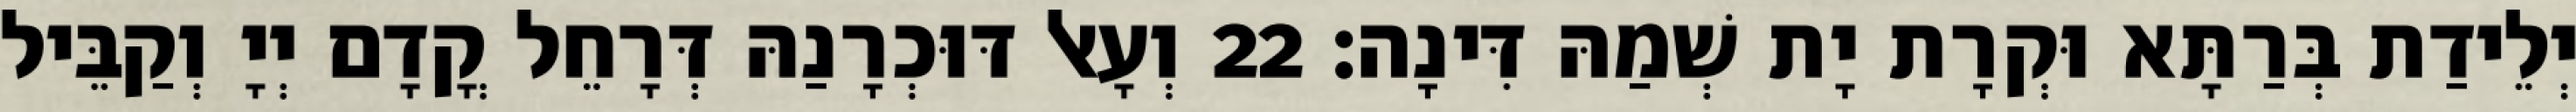
יְלֵידַת בְּרַתָּא וּקְרָת יָת שְׁמַהּ דִּינָה׃ 22 וְעָאל דּוּכְרָנַהּ דְּרָחֵל קֳדָם יְיָ וְקַבֵּיל